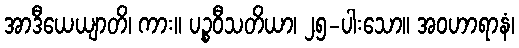
အာဒီယေယျာတိ၊ ကား။ ပဉ္စဝီသတိယာ၊ ၂၅-ပါးသော။ အဝဟာရာနံ၊